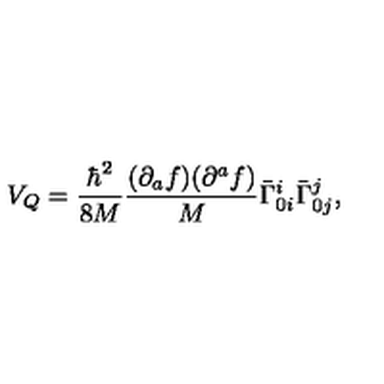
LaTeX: V _ { Q } = \frac { { \hbar } ^ { 2 } } { 8 M } \frac { ( \partial _ { a } f ) ( \partial ^ { a } f ) } { M } { \bar { \Gamma } } _ { 0 i } ^ { i } { \bar { \Gamma } } _ { 0 j } ^ { j } ,